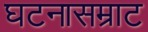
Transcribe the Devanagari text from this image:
घटनासम्राट